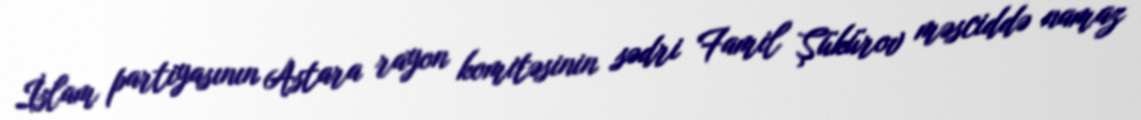
İslam partiyasının Astara rayon komitəsinin sədri Famil Şükürov məsciddə namaz